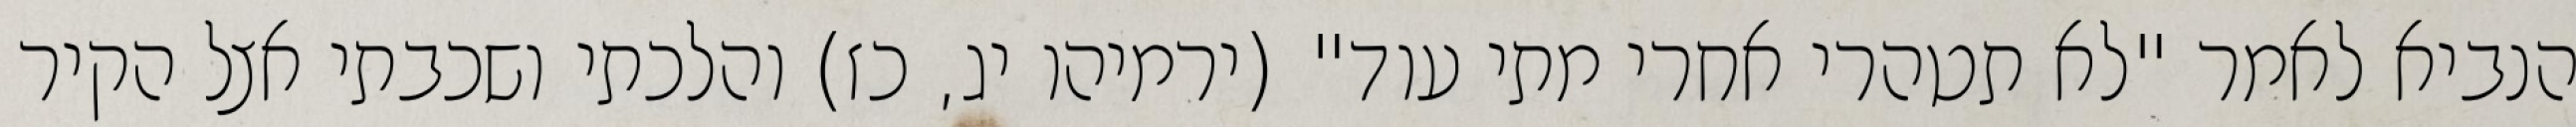
הנביא לאמר "לא תטהרי אחרי מתי עוד" (ירמיהו יג, כז) והלכתי ושכבתי אצל הקיר